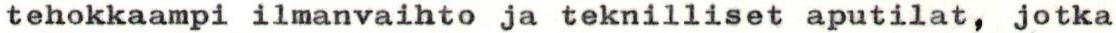
tehokkaampi ilmanvaihto ja teknilliset aputilat, jotka